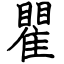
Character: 瞿